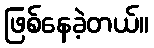
ဖြစ်နေခဲ့တယ်။